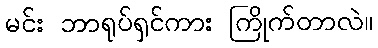
မင်း ဘာရုပ်ရှင်ကား ကြိုက်တာလဲ။